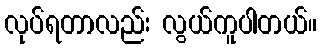
လုပ်ရတာလည်း လွယ်ကူပါတယ်။